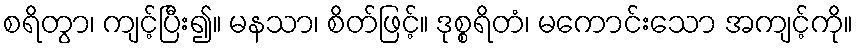
စရိတွာ၊ ကျင့်ပြီး၍။ မနသာ၊ စိတ်ဖြင့်။ ဒုစ္စရိတံ၊ မကောင်းသော အကျင့်ကို။